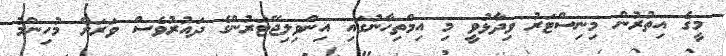
މީގެ އިތުރުން މިނިސްޓަރު ވިދާޅުވީ މި އިމްތިހާނުގައި އިންވިލިޖޭޓަރުންގެ ދައުރުވެސް ވަރަށް މުހިންމު